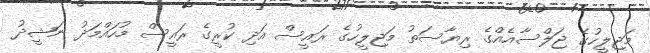
މަޖިލީހުގެ ޖަލްސާއެއްގެ ރިޔާސަތު މަޖިލީހުގެ ރައީސް އަދި ކުރީގެ ރައީސް މުހައްމަދު ނަޝީދު